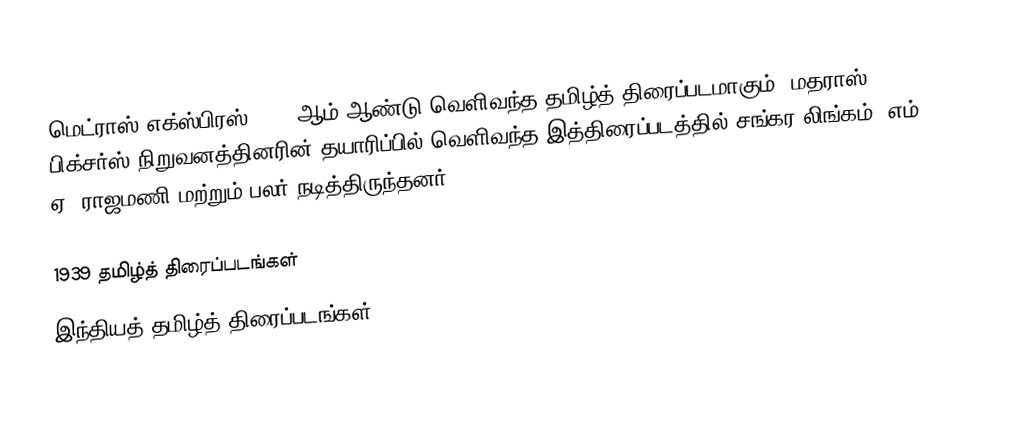
மெட்ராஸ் எக்ஸ்பிரஸ் 1939 ஆம் ஆண்டு வெளிவந்த தமிழ்த் திரைப்படமாகும். மதராஸ் பிக்சர்ஸ் நிறுவனத்தினரின் தயாரிப்பில் வெளிவந்த இத்திரைப்படத்தில் சங்கர லிங்கம், எம். ஏ. ராஜமணி மற்றும் பலர் நடித்திருந்தனர்.

1939 தமிழ்த் திரைப்படங்கள்
இந்தியத் தமிழ்த் திரைப்படங்கள்